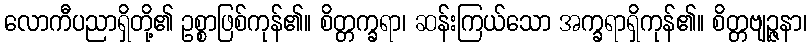
လောကီပညာရှိတို့၏ ဥစ္စာဖြစ်ကုန်၏။ စိတ္တက္ခရာ၊ ဆန်းကြယ်သော အက္ခရာရှိကုန်၏။ စိတ္တဗျဉ္ဇနာ၊